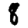
Digit: 8